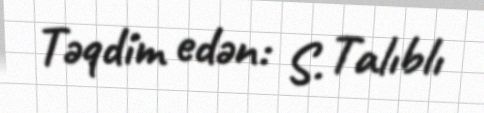
Təqdim edən: S. Talıblı